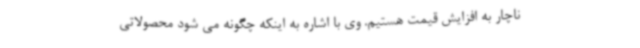
ناچار به افزایش قیمت هستیم. وی با اشاره به اینکه چگونه می شود محصولاتی